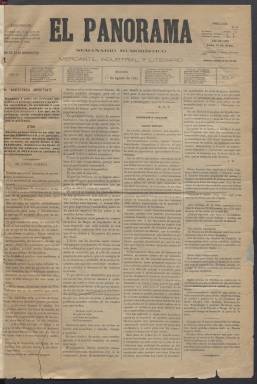
Título: El Panorama (Madrid. 1881)
Colección: Periódicos
Ámbito geográfico: Madrid
Lugar de publicación: Madrid
Fechas: 01/08/1881-27/10/1881